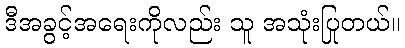
ဒီအခွင့်အရေးကိုလည်း သူ အသုံးပြုတယ်။